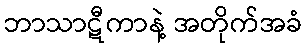
ဘာသာဋီကာနဲ့ အတိုက်အခံ